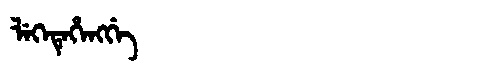
Manchu: ᠯᡝᡴᡝᡨᡝᡥᡝᠩᡤᡝ
Romanization: LEKETEHENGGE